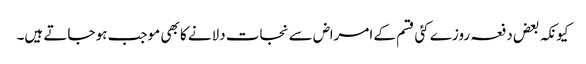
کیونکہ بعض دفعہ روزے کئی قسم کے امراض سے نجات دلانے کا بھی موجب ہو جاتے ہیں۔